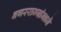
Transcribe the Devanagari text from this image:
नगरराज्यांमध्ये